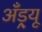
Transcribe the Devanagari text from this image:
अॅँड्र्यू